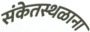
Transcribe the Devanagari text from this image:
संकेतस्थळाना